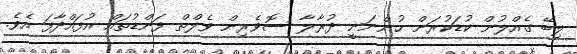
ލިބޭ ގެއްލުން ކުޑަކުރަން ހުންނަނީ ދުރާލާ ސޮވެރިން ވެލްތް ފަންޑުތައް އުފައްދާފަ އެވެ.